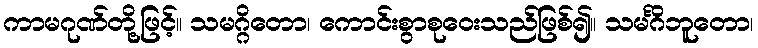
ကာမဂုဏ်တို့ဖြင့်။ သမဂ္ဂိတော၊ ကောင်းစွာစုဝေးသည်ဖြစ်၍။ သမင်္ဂိဘူတော၊